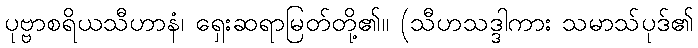
ပုဗ္ဗာစရိယသီဟာနံ၊ ရှေးဆရာမြတ်တို့၏။ (သီဟသဒ္ဒါကား သမာသ်ပုဒ်၏